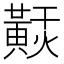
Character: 𪏂